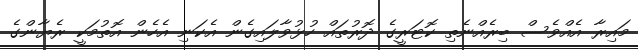
މައިރާ އެއްވެސް ބިރެއްނެތި ކޮޓަރީގެ ދޮރުތައް ހުޅުވާލައިގެން އެކަނި އެހެން އޮތުމަކީ ރެޔާންގެ